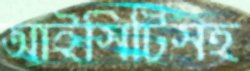
আইসিটিসহ